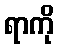
ရာကို